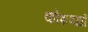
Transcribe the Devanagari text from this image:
कोशपद्यों